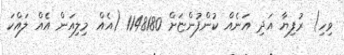
ވިހި) ރުފިޔާ އަދި އަނެއް ކުންފުންޏަށް 1148180 (އެއް މިލިއަން އެއް ލައްކަ